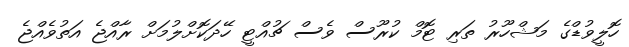
ހޮލީވުޑްގެ މަޝްހޫރު ތަރި ޓޮމް ކުރޫސް ވެސް ޗުއްޓީ ހޭދަކޮށްލުމަށް ރާއްޖެ އަތުވެއްޖެ